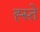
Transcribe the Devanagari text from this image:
ह्स्ते